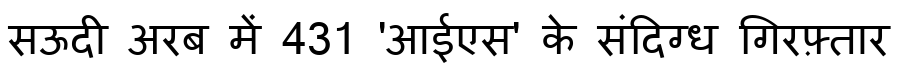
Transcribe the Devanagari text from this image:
सऊदी अरब में 431 'आईएस' के संदिग्ध गिरफ़्तार